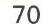
70